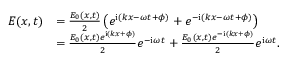
\begin{array} { r l } { E ( x , t ) } & { = \frac { E _ { 0 } ( x , t ) } { 2 } \left( e ^ { \mathrm { { i } } ( k x - \omega t + \phi ) } + e ^ { - { \mathrm { i } } ( k x - \omega t + \phi ) } \right) } \\ & { = \frac { E _ { 0 } ( x , t ) e ^ { \mathrm { { i } } ( k x + \phi ) } } { 2 } e ^ { - { \mathrm { i } } \omega t } + \frac { E _ { 0 } ( x , t ) e ^ { - \mathrm { { i } } ( k x + \phi ) } } { 2 } e ^ { { \mathrm { i } } \omega t } . } \end{array}